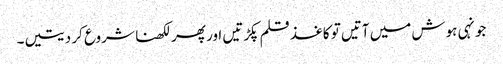
جونہی ہوش میں آتیں تو کاغذ قلم پکڑتیں اور پھر لکھنا شروع کر دیتیں۔